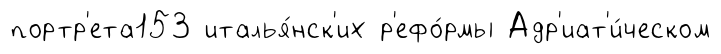
портр'ета153 италья́нск'их р'ефо́рмы Адр'иат'и́ческом